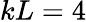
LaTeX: kL=4